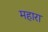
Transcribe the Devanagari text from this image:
महारा